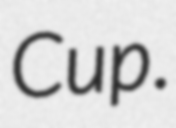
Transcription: Cup.